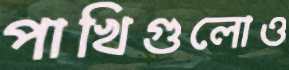
পাখিগুলোও